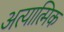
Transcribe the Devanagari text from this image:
अत्यात्मिक